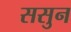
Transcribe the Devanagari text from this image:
ससुन